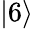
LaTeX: \lvert 6\rangle